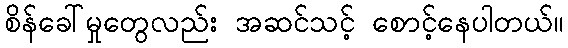
စိန်ခေါ်မှုတွေလည်း အဆင်သင့် စောင့်နေပါတယ်။